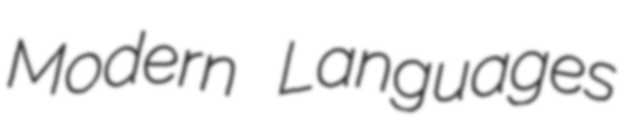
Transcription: Modern Languages